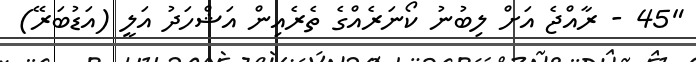
"45 - ރާއްޖެ އަށް ލިބުނު ކޯނަރެއްގެ ތެރެއިން އަޝްހަދު އަލީ (އަޑުބަރޭ)